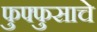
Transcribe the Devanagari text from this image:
फुफ्फुसाचे